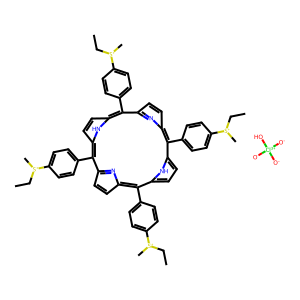
SMILES: CC[S+](C)c1ccc(-c2c3ccc(n3)c(-c3ccc([S+](C)CC)cc3)c3ccc([nH]3)c(-c3ccc([S+](C)CC)cc3)c3ccc(n3)c(-c3ccc([S+](C)CC)cc3)c3ccc2[nH]3)cc1.[O-][Cl+3]([O-])([O-])O
Inhibits HIV replication: Yes